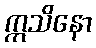
ဣသိနော